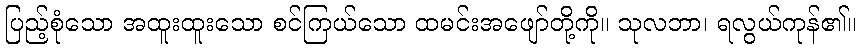
ပြည့်စုံသော အထူးထူးသော စင်ကြယ်သော ထမင်းအဖျော်တို့ကို။ သုလဘာ၊ ရလွယ်ကုန်၏။